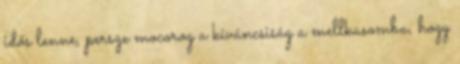
idős lenne, persze mocorog a kíváncsiság a mellkasomba, hogy